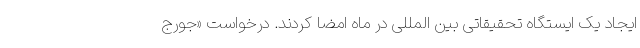
ایجاد یک ایستگاه تحقیقاتی بین المللی در ماه امضا کردند. درخواست «جورج